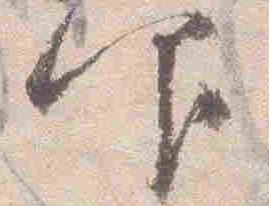
仰